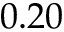
0 . 2 0